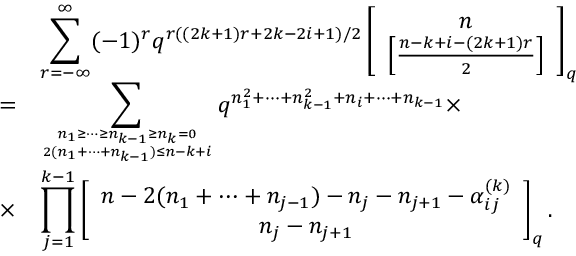
\begin{array} { c l } { { } } & { { \displaystyle \sum _ { r = - \infty } ^ { \infty } ( - 1 ) ^ { r } q ^ { r ( ( 2 k + 1 ) r + 2 k - 2 i + 1 ) / 2 } \left[ \begin{array} { c } { { n } } \\ { { \left[ \frac { n - k + i - ( 2 k + 1 ) r } { 2 } \right] } } \end{array} \right] _ { q } } } \\ { { = } } & { { \displaystyle \sum _ { { n _ { 1 } \geq \cdots \geq n _ { k - 1 } \geq n _ { k } = 0 } \atop { 2 ( n _ { 1 } + \cdots + n _ { k - 1 } ) \leq n - k + i } } q ^ { n _ { 1 } ^ { 2 } + \cdots + n _ { k - 1 } ^ { 2 } + n _ { i } + \cdots + n _ { k - 1 } } \times } } \\ { { \times } } & { { \displaystyle \prod _ { j = 1 } ^ { k - 1 } \left[ \begin{array} { c } { { n - 2 ( n _ { 1 } + \cdots + n _ { j - 1 } ) - n _ { j } - n _ { j + 1 } - \alpha _ { i j } ^ { ( k ) } } } \\ { { n _ { j } - n _ { j + 1 } } } \end{array} \right] _ { q } . } } \end{array}